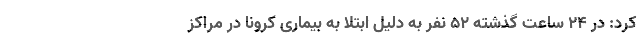
کرد: در 24 ساعت گذشته 52 نفر به دلیل ابتلا به بیماری کرونا در مراکز